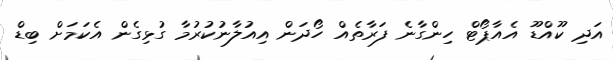
އަދި ކޫއްޑޫ އެއާޕޯޓް ހިންގާނެ ފަރާތެއް ހޯދަން އިއުލާނުކުރުމާ ގުޅިގެން އެކަމަށް ބިޑް